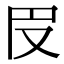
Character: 𠬩